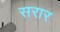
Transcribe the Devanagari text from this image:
सरार